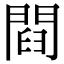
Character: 閰